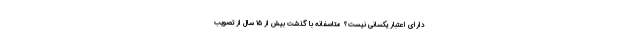
دارای اعتبار یکسانی نیست؟ متاسفانه با گذشت بیش از ۱۵ سال از تصویب